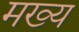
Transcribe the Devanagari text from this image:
मख्य